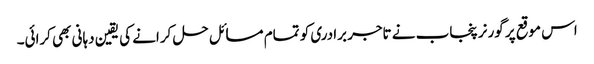
اس موقع پر گورنر پنجاب نے تاجر برادری کو تمام مسائل حل کرانے کی یقین دہانی بھی کرائی۔